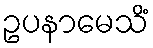
ဥပနာမေသိံ